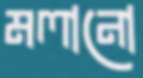
মলানো